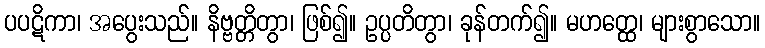
ပပဋိကာ၊ အပွေးသည်။ နိဗ္ဗတ္တိတွာ၊ ဖြစ်၍။ ဥပ္ပတိတွာ၊ ခုန်တက်၍။ မဟတ္ထေ၊ များစွာသော။